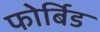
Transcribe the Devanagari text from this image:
फोर्बिड